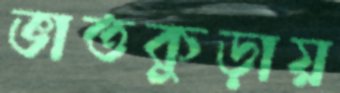
ভাতকুড়ায়